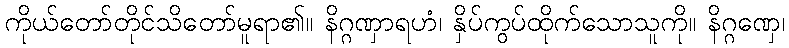
ကိုယ်တော်တိုင်သိတော်မူရာ၏။ နိဂ္ဂဏှာရဟံ၊ နှိပ်ကွပ်ထိုက်သောသူကို။ နိဂ္ဂဏှေ၊